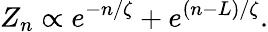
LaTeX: Z_{n}\propto e^{-n/\zeta}+e^{(n-L)/\zeta}.